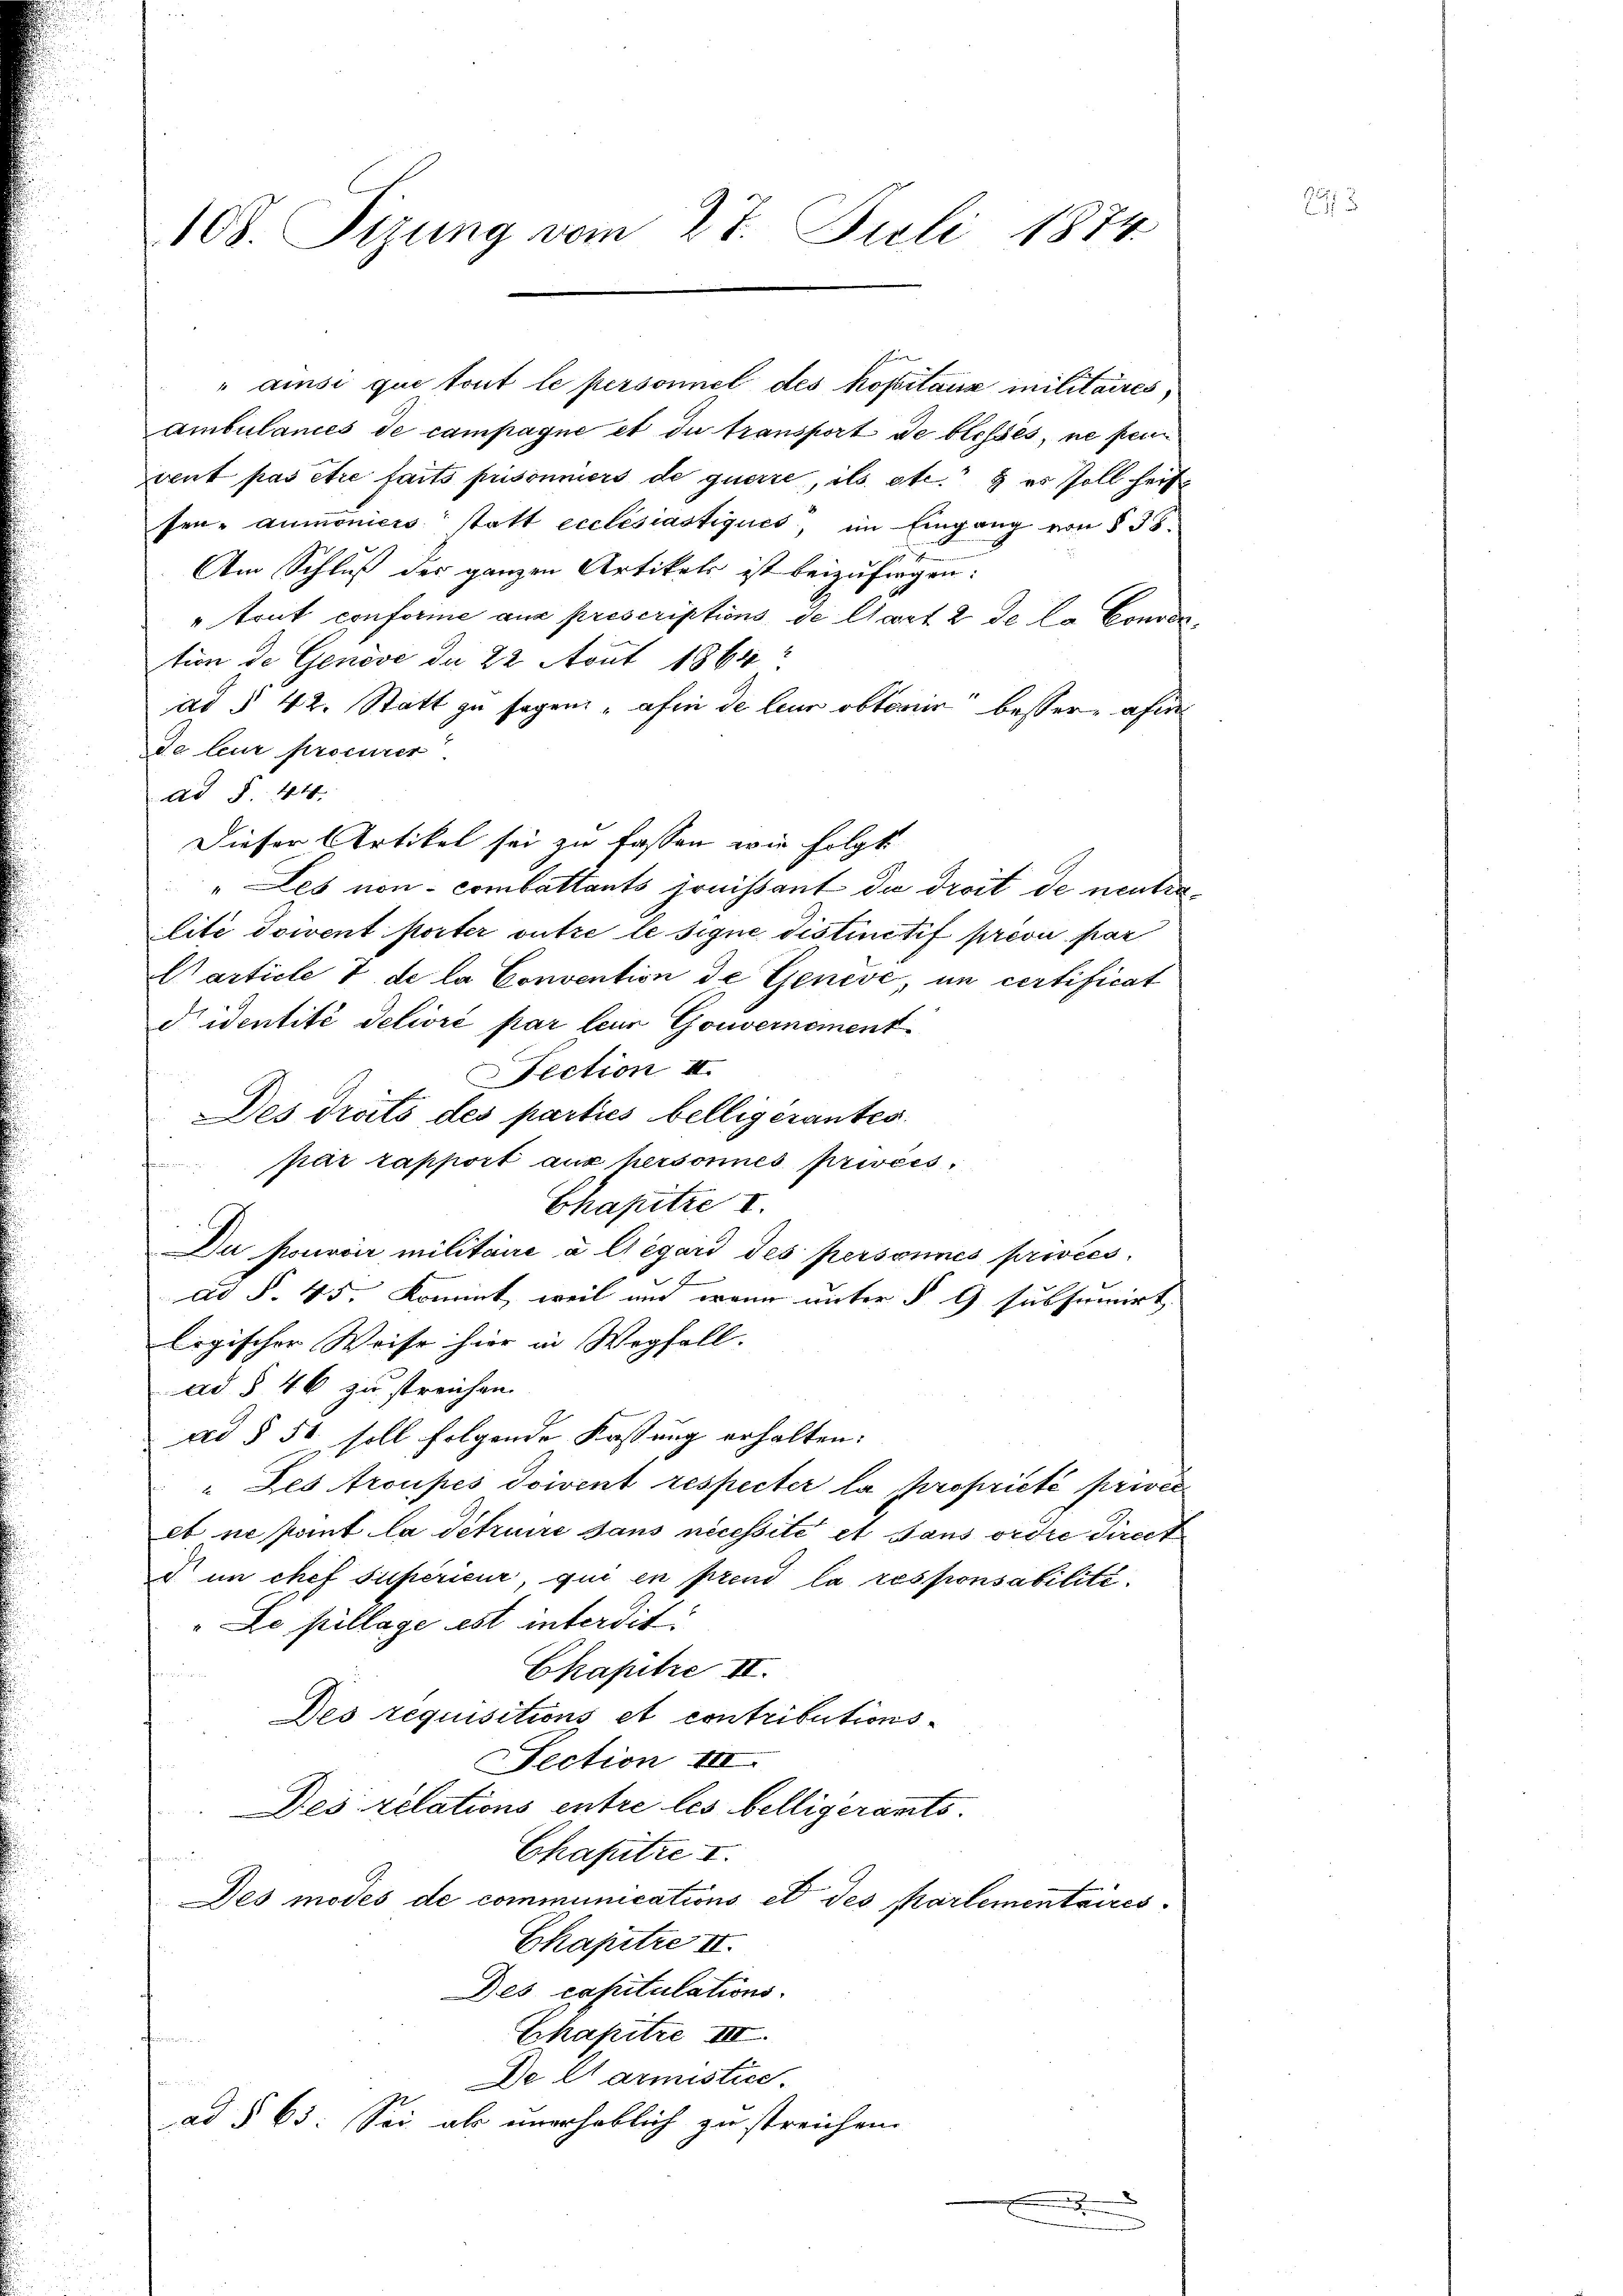
108. Sizung vom 27. Juli 1874

Ambulances de campagne et du transport de blosses, ne pein
vent pas être faits prisonniers de querre, ils etc. § er soll heit
sen-aumoniers statt ecclesiastiques, im Eingang von § 38
Am Schluß der ganzen Artikels ist beizufragen:
"trut conforme aus prescriptions, de Chart 2 de la Conven
tion de Genove da 22 Aout 1864
ad § 42. Statt zu sagen, „afin de leur obtenir besser, afi
de leur procurer.
ad §. 44.
Dieser Artikel sei zu fassen, wie folgt
" Les von combettants preissant die droit de neutralité doivent porter outre le signe distinitif prévu par
Marticle 7 de la Convention de Genève, in certificat
didentité delioré par leur Gouvernement
Fection II
Des droits des parties belligérantes
par rapport aus hersonnes privées
Chapitze I.
Du pouvoir militaire u Gégard des personnes privées,
ad §. 45. Kommt, weil und wenn unter § 9 subsumirt,
logischer Weise hier in Wegfall.
ad § 46 zu streichen.
ad § 51 soll folgende Fassung erhalten.
"Des roupes doivent respecter la propriété privée
et ne pant la détruire sans necessité et sans ordre direct
d in chef supérieur, qui en prend la responsabilité.
" Le pillage est interdit
Chapitre II.

Des requisitions et contributions¬
Section 14.
Des relations entre les belligerants.
Chafutre I.
Des modes de communications et des Karlementaires.
Chajutre II.
Des capitulations-
Ekapitre III.

De Alarmistice.
 . .
ad § 65. Sei als unerheblich zu streichen.
.

aisi que tout le personnel des Kapitaux militaires,